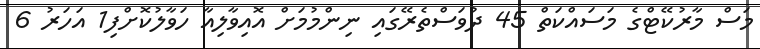
މަސް މާރުކޭޓްގެ މަސައްކަތް 45 ދުވަސްތެރޭގައި ނިންމުމަށް އޮއިވާލިއާ ހަވާލުކޮށްފި1 އަހަރު 6